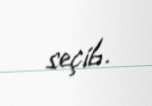
seçib.